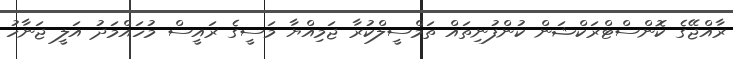
ރާއްޖޭގެ ކޮންސްޓްރަކްޝަން ކުންފުނިތައް ތަމްސީލްކުރާ ޖަމިއްޔާ މަސީގެ ރައީސް މުހައްމަދު އަލީ ޖަނާހު